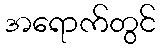
အရောက်တွင်